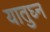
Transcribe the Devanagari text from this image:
यातुघ्न